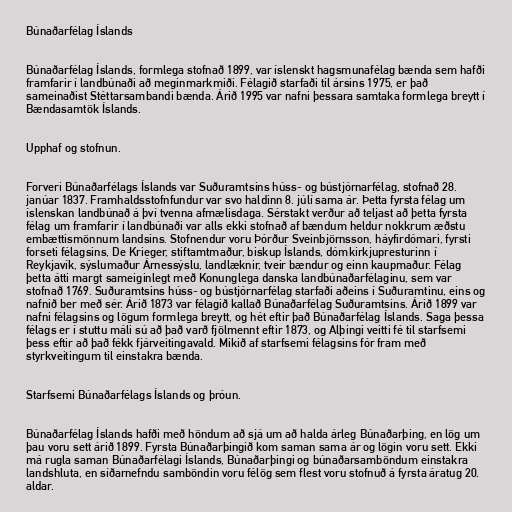
Búnaðarfélag Íslands

Búnaðarfélag Íslands, formlega stofnað 1899, var íslenskt hagsmunafélag bænda sem hafði
framfarir í landbúnaði að meginmarkmiði. Félagið starfaði til ársins 1975, er það
sameinaðist Stéttarsambandi bænda. Árið 1995 var nafni þessara samtaka formlega breytt í
Bændasamtök Íslands.

Upphaf og stofnun.

Forveri Búnaðarfélags Íslands var Suðuramtsins húss- og bústjórnarfélag, stofnað 28.
janúar 1837. Framhaldsstofnfundur var svo haldinn 8. júlí sama ár. Þetta fyrsta félag um
íslenskan landbúnað á því tvenna afmælisdaga. Sérstakt verður að teljast að þetta fyrsta
félag um framfarir í landbúnaði var alls ekki stofnað af bændum heldur nokkrum æðstu
embættismönnum landsins. Stofnendur voru Þórður Sveinbjörnsson, háyfirdómari, fyrsti
forseti félagsins, De Krieger, stiftamtmaður, biskup Íslands, dómkirkjupresturinn í
Reykjavík, sýslumaður Árnessýslu, landlæknir, tveir bændur og einn kaupmaður. Félag
þetta átti margt sameiginlegt með Konunglega danska landbúnaðarfélaginu, sem var
stofnað 1769. Suðuramtsins húss- og bústjórnarfélag starfaði aðeins í Suðuramtinu, eins og
nafnið ber með sér. Árið 1873 var félagið kallað Búnaðarfélag Suðuramtsins. Árið 1899 var
nafni félagsins og lögum formlega breytt, og hét eftir það Búnaðarfélag Íslands. Saga þessa
félags er í stuttu máli sú að það varð fjölmennt eftir 1873, og Alþingi veitti fé til starfsemi
þess eftir að það fékk fjárveitingavald. Mikið af starfsemi félagsins fór fram með
styrkveitingum til einstakra bænda.

Starfsemi Búnaðarfélags Íslands og þróun.

Búnaðarfélag Íslands hafði með höndum að sjá um að halda árleg Búnaðarþing, en lög um
þau voru sett árið 1899. Fyrsta Búnaðarþingið kom saman sama ár og lögin voru sett. Ekki
má rugla saman Búnaðarfélagi Íslands, Búnaðarþingi og búnaðarsamböndum einstakra
landshluta, en síðarnefndu samböndin voru félög sem flest voru stofnuð á fyrsta áratug 20.
aldar.